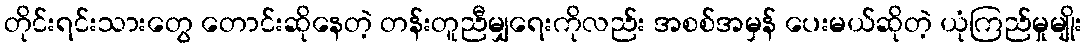
တိုင်းရင်းသားတွေ တောင်းဆိုနေတဲ့ တန်းတူညီမျှရေးကိုလည်း အစစ်အမှန် ပေးမယ်ဆိုတဲ့ ယုံကြည်မှုမျိုး